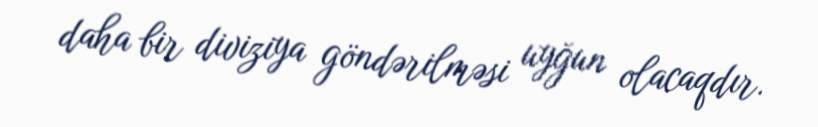
daha bir diviziya göndərilməsi uyğun olacaqdır.